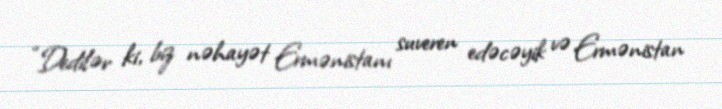
“Dedilər ki, biz nəhayət Ermənistanı suveren edəcəyik və Ermənistan